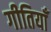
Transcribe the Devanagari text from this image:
गीतियाँ